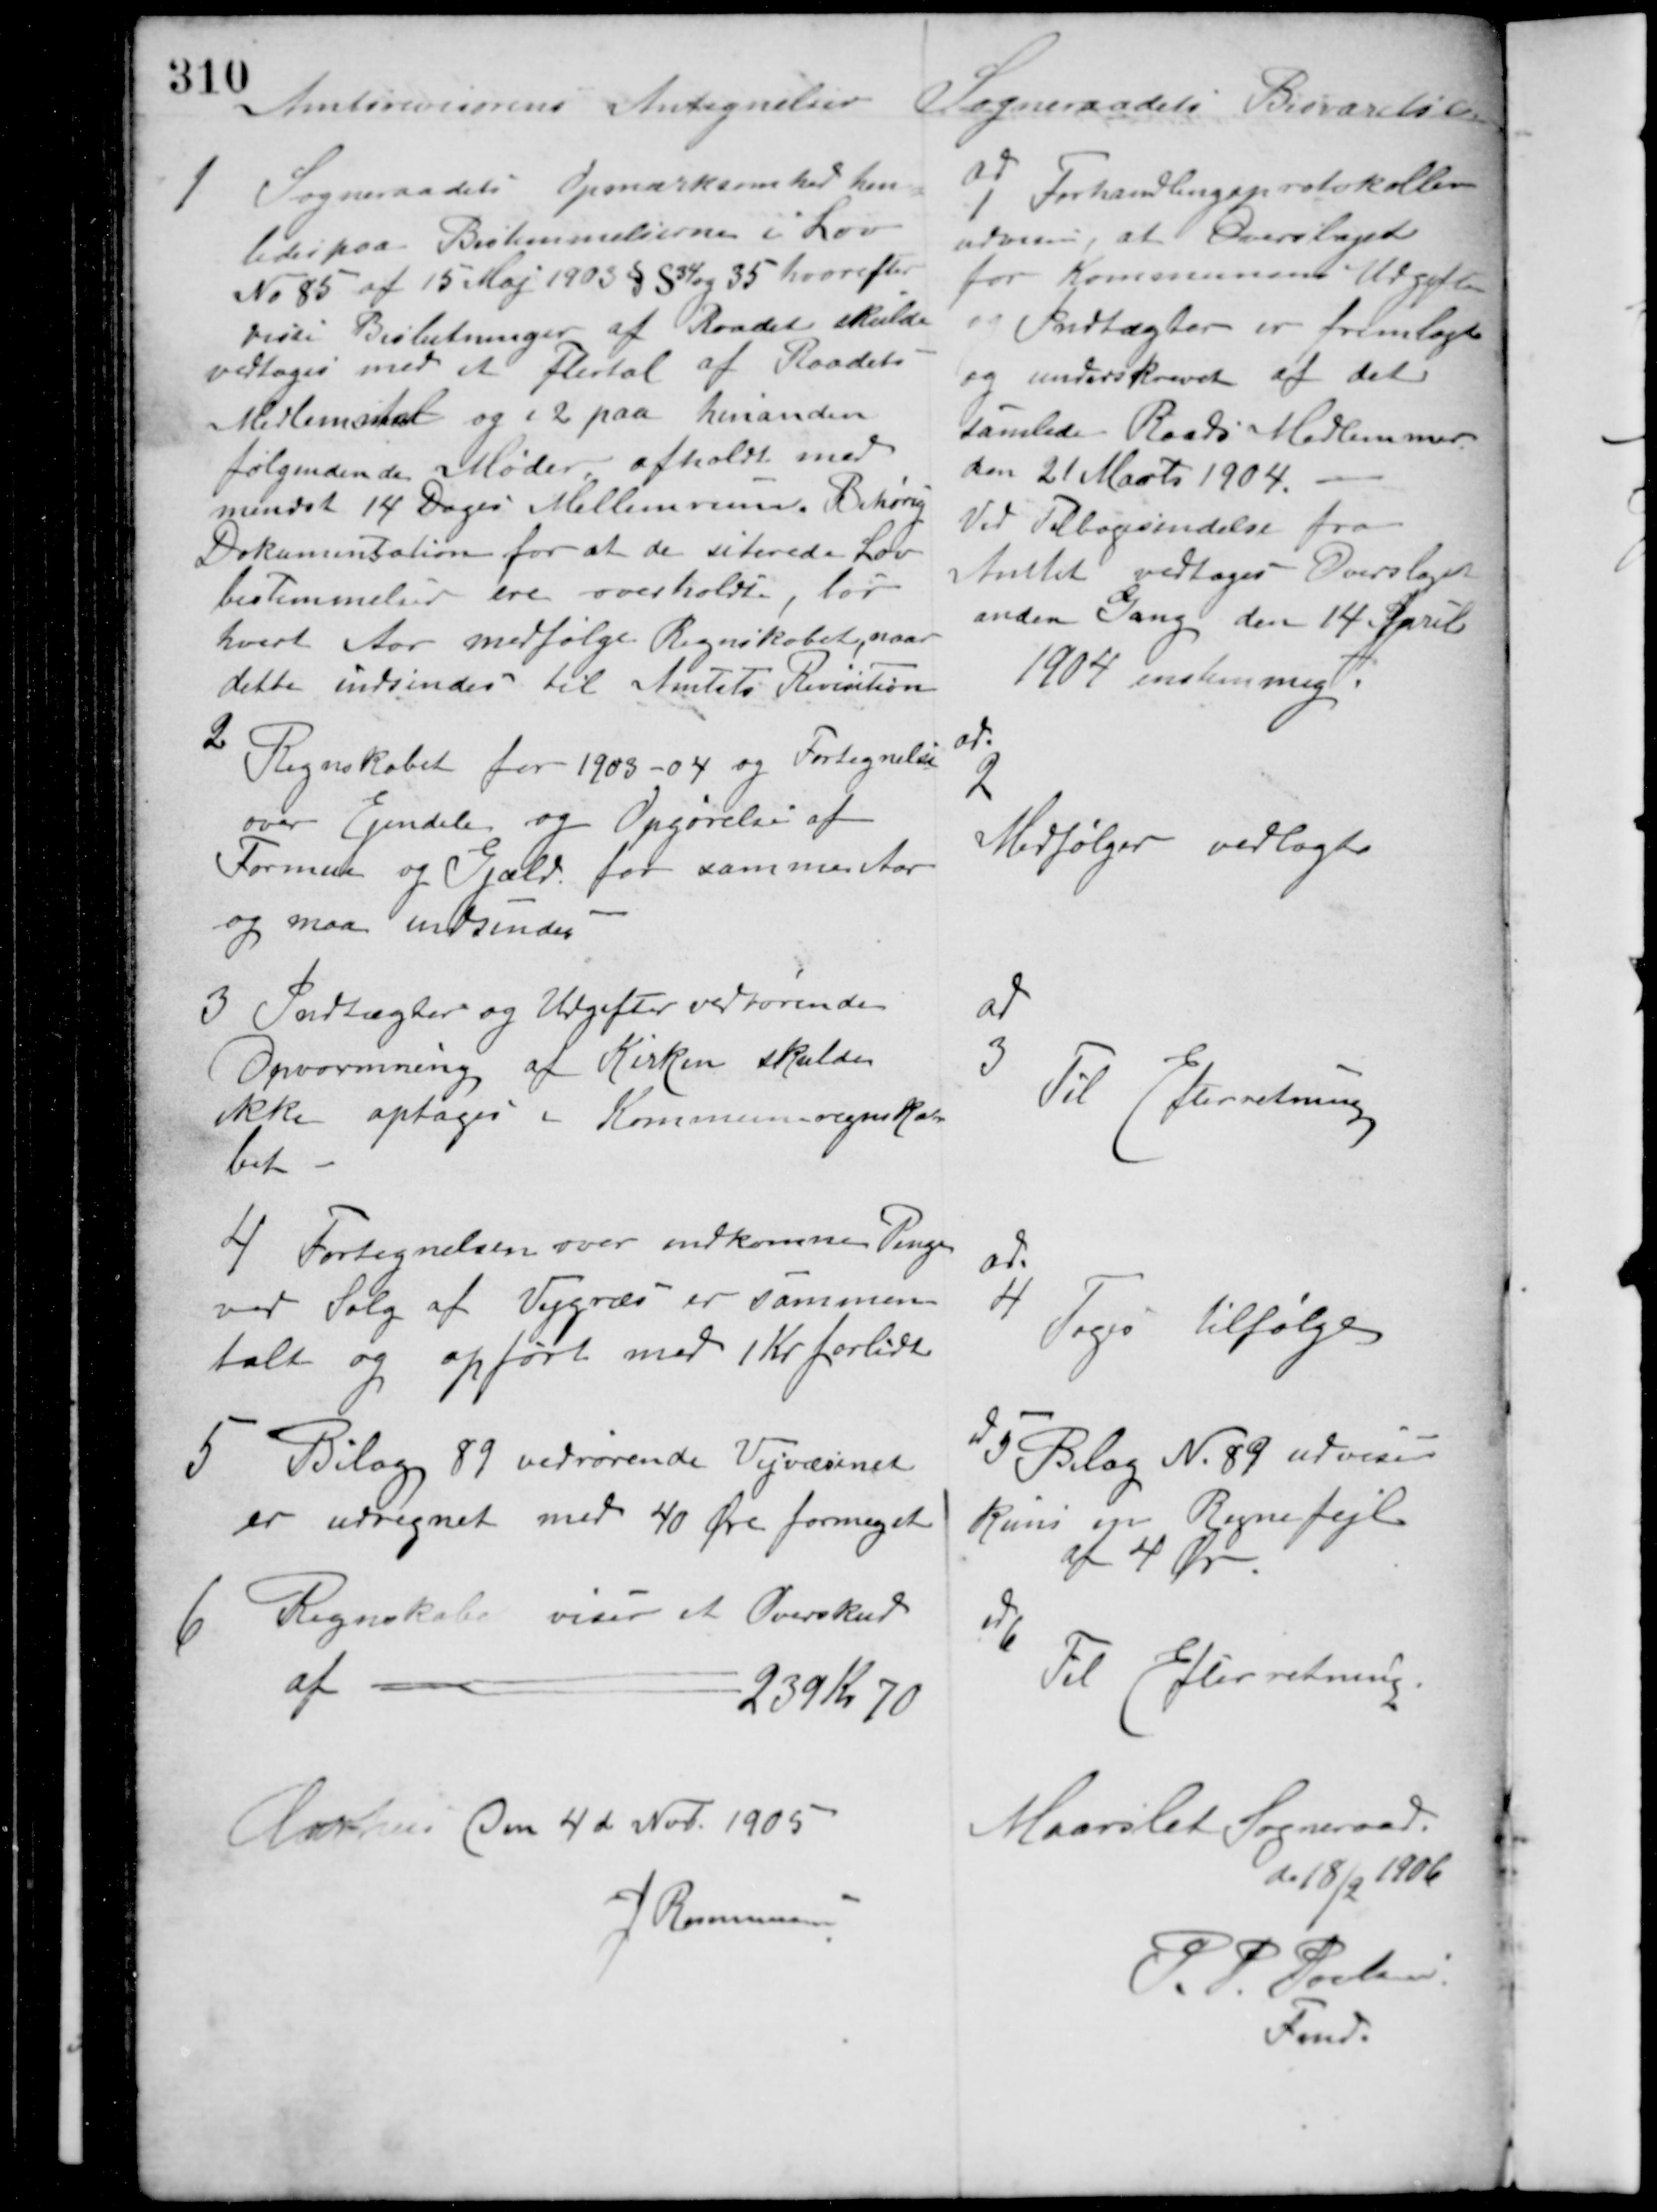
Transskription:
Amtsrevisornens Antegnelser

Sogneraadets Besvarelse.

1 Sogneraadets Opmærksomhed hen-
ledes paa Bestemmelserne i Lov
No 85 af 15 Maj 1903 § S 34 og 35 hvorefter
viste Beslutninger af Raadet skulde
vedtages med et Flertal af Raadets
Medlemsantal og i 2 paa hinanden
følgendende Møder afholdt med
mindst 14 Dages Mellemrum. Behørig
Dokumentation for at de citerede Lov-
bestemmelser ere overholdt bør
hvert Aar medfølge Regnskabet, naar
dette indsendes til Amtets Revisition.

ad
1 Forhandlingsprotokollen
udviser, at Overslaget
for Kommunens Udgifter
og Indtægter er fremlagte
og underskrevet af det
samlede Raads Medlemmer
den 21 Marts 1904.
Ved Tilbagesendelse fra
Amtet vedtoges Overslaget
anden Gang den 14 April
1904 enstemmig.

2
Regnskabet for 1903 - 04 og Fortegnelse
over Ejendele og Opgørelse af
Formue og Gjæld for samme Aar
og maa indsendes.

ad.
2
Medfølger vedlagte

3 Indtægter og Udgifter vedrørende
Opvarmning af Kirken skulde
ikke optages i Kommuneregnska-
bet.

ad
3
Til Efterretning

4 Fortegnelsen over indkomne Penge
ved Salg af Vejgræs er sammen-
talt og opført med 1 Kr. forlidt.

ad
4
Toges tilfølge

5 Bilag 89 vedrørende Vejvæsenet
er udregnet med 40 Øre formeget

ad 5 Bilag Nr. 89 udviser
kuns en Regnefejl
af 4 Øre.

6. Regnskabet viser et Overskud
af
239 Kr. 70

ad 6
Til Efterretning.

Aarhus den 4de Nov. 1905
J Rasmusen

Maarslet Sogneraad
d. 18/2 1906
P. P. Poulsen
Fmd.